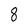
Character: 8